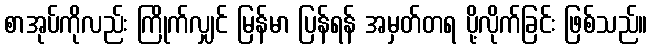
စာအုပ်ကိုလည်း ကြိုက်လျှင် မြန်မာ ပြန်ရန် အမှတ်တရ ပို့လိုက်ခြင်း ဖြစ်သည်။